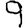
Digit: 9